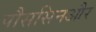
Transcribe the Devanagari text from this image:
पौससिनऔर